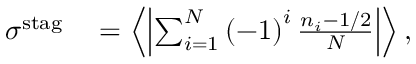
\begin{array} { r l } { \sigma ^ { \mathrm { s t a g } } } & { { } = \left\langle \left| \sum _ { i = 1 } ^ { N } \left( - 1 \right) ^ { i } \frac { n _ { i } - 1 / 2 } { N } \right| \right\rangle , } \end{array}